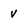
Character: v